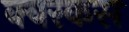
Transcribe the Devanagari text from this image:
क्वरकस